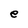
Character: e